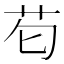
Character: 𮎠